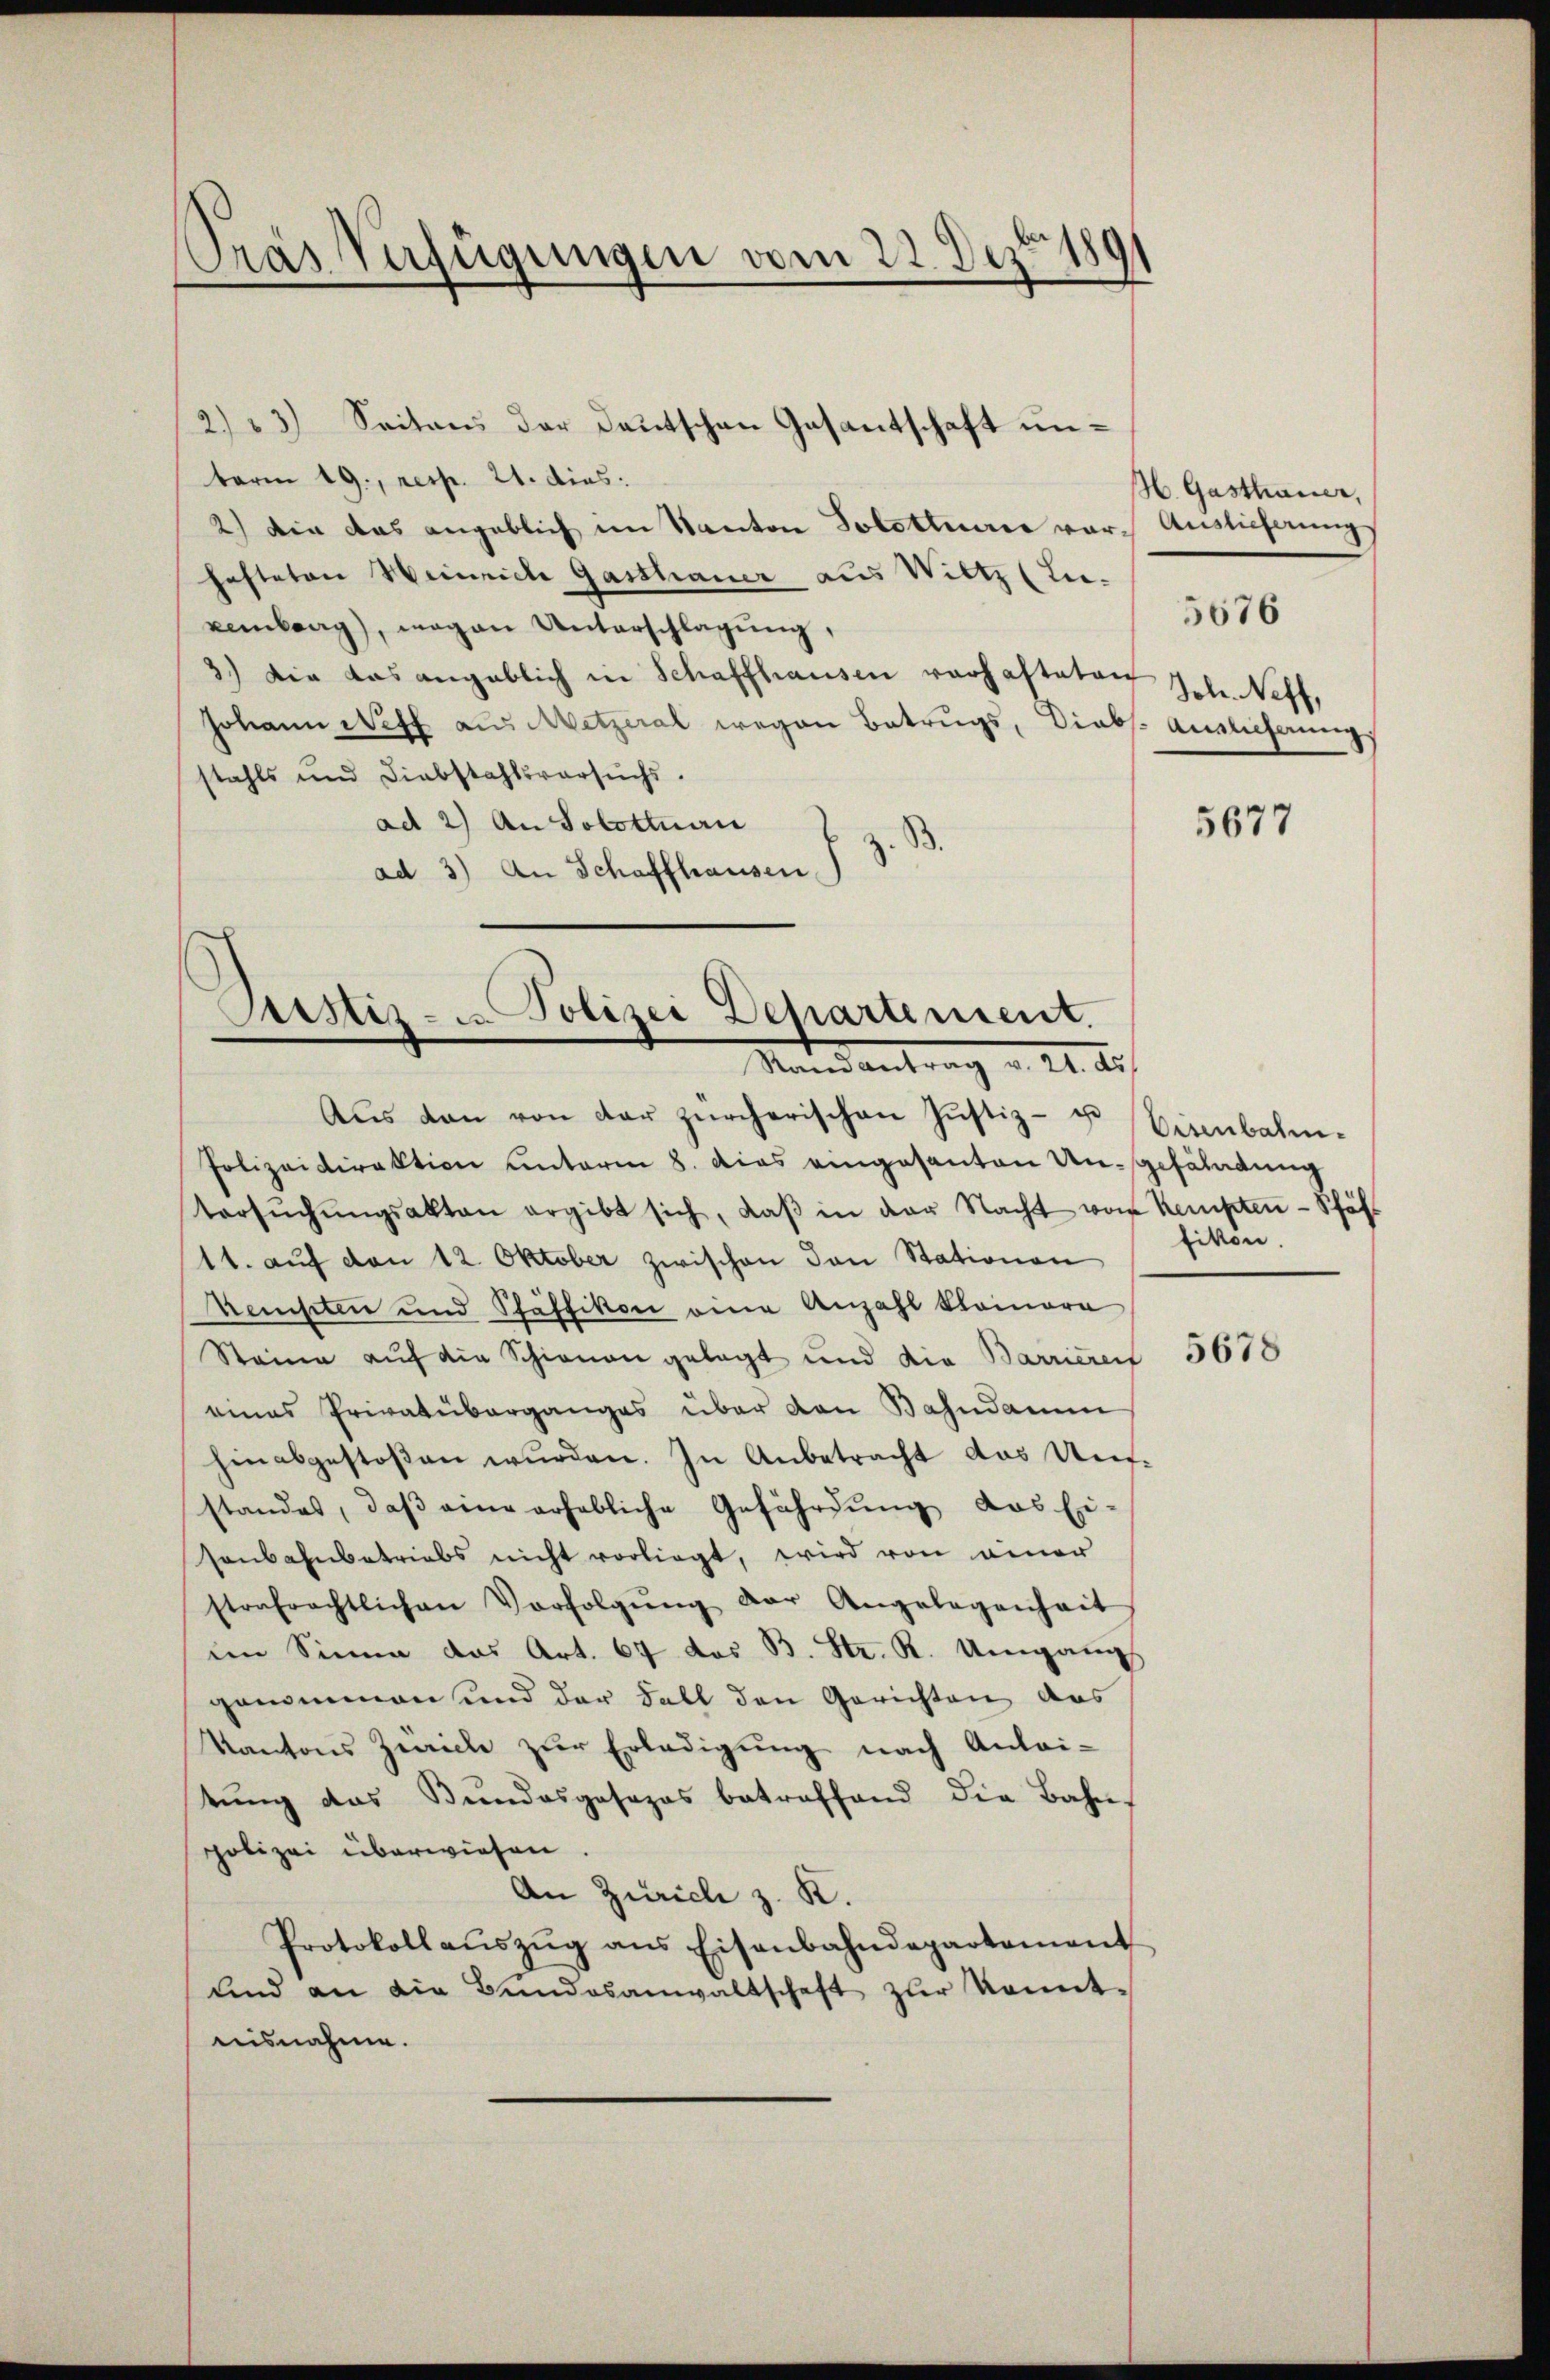
ras Verfügungen vom 22. Dez. 1891

2) 3) Seitens der Deutschen Gasantschaft unterm 19., resp. 21. dies
2.) Die das angeblich im Kanton Solotterie vor Auslieferung
hafteten Weinrich Gasthauer aus Wiltz (Lu-
zemberg), magen Unterschlagung,
3.) Die das angeblich in Schaffhausen vorhafteten Joh. Neff,
Johann Neff aus Metzeral wegen Betrugs, Diebs. Auslieferungs
stahls und Diebstahlsversuchs.
ad 2) An Solottuai
ad 3) An Schaffhausen,

Justiz- u. Polizei Departement.
Stand antrag v. 21. Ar

Aŭs den von der zürcherischen Justiz- u. Eisenbahn-
Polizeidirektion unterm 8. Das eingesanten Ungefährdung
tersŭchŭngsakten ergibt sich, daβ in der Nacht vom Kempten-Schäft
11. aŭf von 12. Oktober zwischen den Stationen
Nemsten und Stäffikon eine Anzahl kleinore
Steine auf die Schienen gelegt und die Barriereif
eines Privatüberganges über den Bahndamm
hinabgestoβen wŭrden. In Anbetracht das Unfstandes, daß eine erhebliche Gefährdung das Ei-
senbahnbetriebs nicht vorliegt, wird von einer
strafrechtlichen Verfolgŭng der Angelegenheit
im Sinne das Art. 67 das B. Str. R. Umgang
genommen und der Fall den Gerichten des
Kantons Zürich zur Erledigung nach Anlei-
tung das Bundesgesezes betreffend die Bahn-
polizei überwiesen
An Zürich z. K.
Protokoll aŭszŭg ans Eisenbahndepartament
und an die Bŭndesanwaltschaft zŭr konnt-
nisnahme.

H. Gasthauer,

5676

5677

fikon.

5678